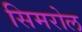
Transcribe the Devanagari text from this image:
सिमरोल